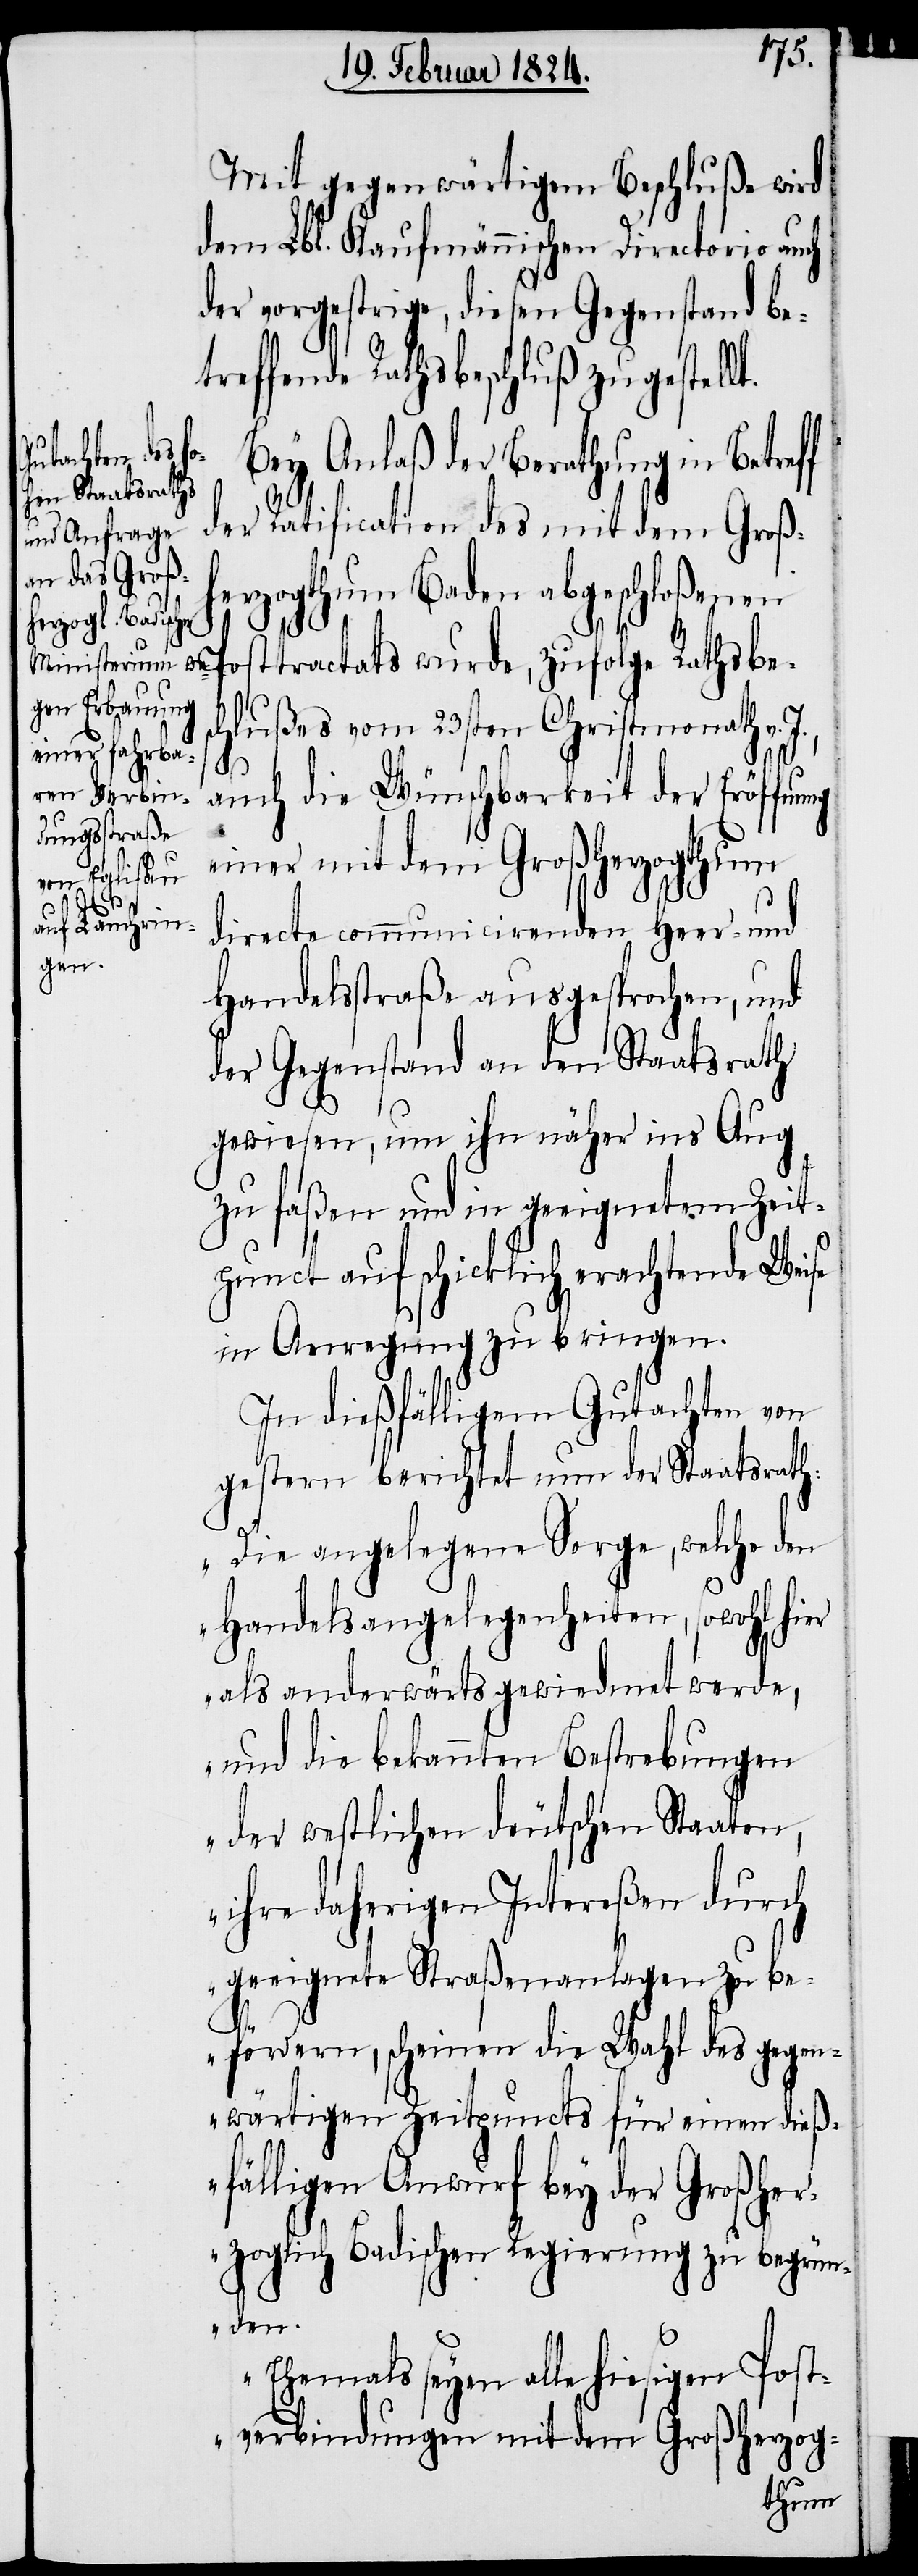
Mit gegenwärtigem Beschluß wird
dem Lbl. Kaufmännischen Directorio auch
der vorgestrige, diesen Gegenstand bet¬
reffende Rathsbeschluß zugestell¬
Bey Anlaß der Berathung in Betreff
der Ratification des mit dem Groß¬
herzogthum Baden abgeschloße¬
nen Posttractats wurde, zufolge Rathsbes¬
chlußes vom 23sten Christmonath v.
auch die Wünschbarkeit der Eröffnung
einer mit dem Großherzogthum
J.,
directe communicirenden Heer- und
Handelsstraße ausgesprochen, und
der Gegenstand an den Staatsrath
gewiesen, um ihn näher ins Aug
zu faßen und in geeignetem Zeit¬
punct auf schicklich erachtende Weise
in Anregung zu bringen.
In dießfälligem Gutachten von
gestern berichtet nun der Staatsrath:
„Die angelegene Sorge, welche den
Handelsangelegenheiten, sowohl hier
als anderwärts gewiedmet werde,
und die bekannten Bestrebungen
der westlichen deutschen Staaten,
ihre daherigen Intereßen durch
geeignete Straßenanlagen zu be¬
fördern, scheinen die Wahl des gegen¬
wärtigen Zeitpuncts für einen dieß¬
fälligen Anwurf bey der Großher¬
zoglich Badischen Regierung zu begrün¬
den.
Ehemals seyen alle hiesigen Post¬
verbindungen mit dem Großherzog-